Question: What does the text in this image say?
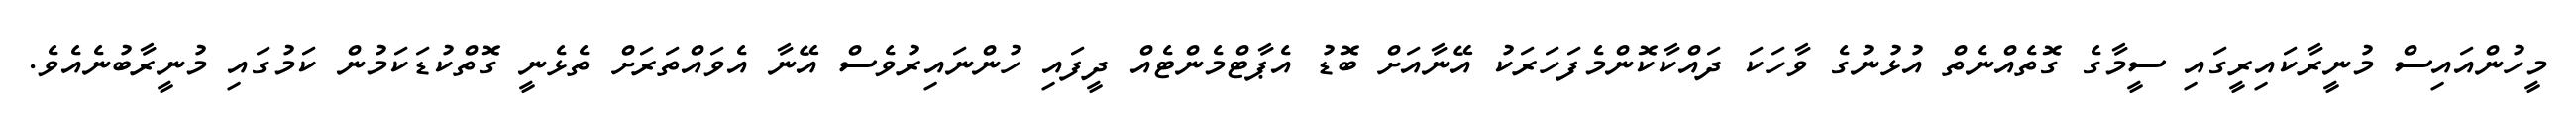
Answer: މީހުންއައިސް މުނީރާކައިރީގައި ސީމާގެ ގޮތެއްނެތް އުޅުނުގެ ވާހަކަ ދައްކާކޮންމެފަހަރަކު އޭނާއަށް ބޮޑު އެޕާޓްމެންޓެއް ދީފައި ހުންނައިރުވެސް އޭނާ އެވައްތަރަށް ތެޅެނީ ގޮތްކުޑަކަމުން ކަމުގައި މުނީރާބުނެއެވެ.